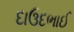
દાઉદભાઈ